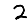
Digit: 2